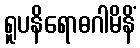
ရူပနိရောဓဂါမိနိံ